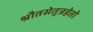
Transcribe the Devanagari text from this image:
श्रौतसेतुत्रहेतो